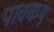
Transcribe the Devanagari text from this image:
पावकम्